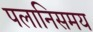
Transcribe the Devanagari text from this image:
पलानिसमय